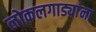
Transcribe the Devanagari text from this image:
लोकलगाड्यांना